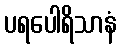
ပရပေါရိသာနံ